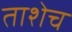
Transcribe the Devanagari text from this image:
ताशेच